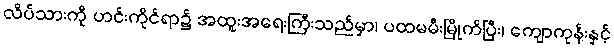
လိပ်သားကို ဟင်းကိုင်ရာ၌ အထူးအရေးကြီးသည်မှာ၊ ပထမမီးမြိုက်ပြီး၊ ကျောကုန်းနှင့်